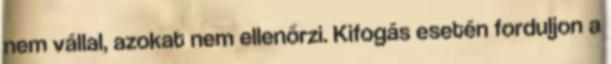
nem vállal, azokat nem ellenőrzi. Kifogás esetén forduljon a